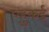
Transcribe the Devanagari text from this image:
एहुकई